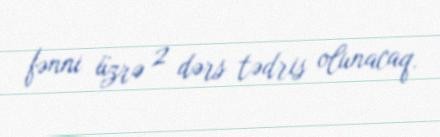
fənni üzrə 2 dərs tədris olunacaq.